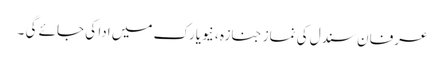
عرفان سندل کی نماز جنازہ ، نیویارک میں ادا کی جائے گی ۔